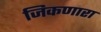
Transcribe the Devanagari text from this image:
जिकणारा